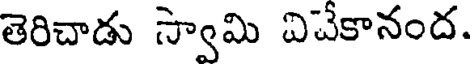
తెరిచాడు స్వామి విచేకానంద.